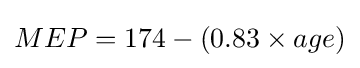
MEP=174-(0.83\times age)